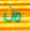
من